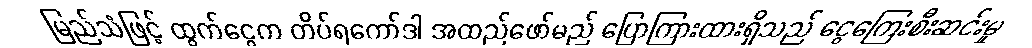
မြည်သံဖြင့် ထွက်ငွေက တိပ်ရကော်ဒါ အထည်ဖော်မည် ပြောကြားထားရှိသည် ငွေကြေးစီးဆင်းမှု